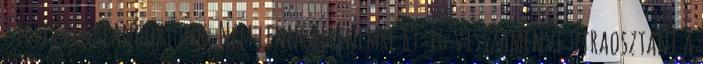
Kicsit elkalandoztunk. Nem lenne ellenemre 89-ig visszamenve újraosztani a